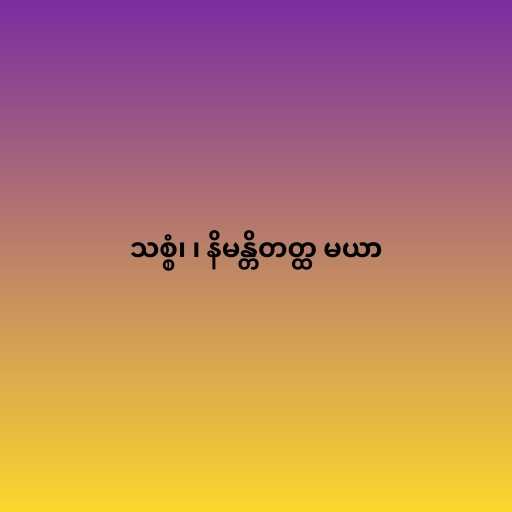
သစ္စံ၊ ၊ နိမန္တိတတ္ထ မယာ